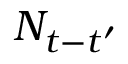
N _ { t - t ^ { \prime } }